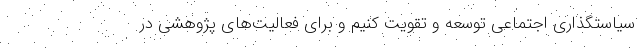
سیاستگذاری اجتماعی توسعه و تقویت کنیم و برای فعالیت‌های پژوهشی در